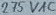
Text: 275VAC